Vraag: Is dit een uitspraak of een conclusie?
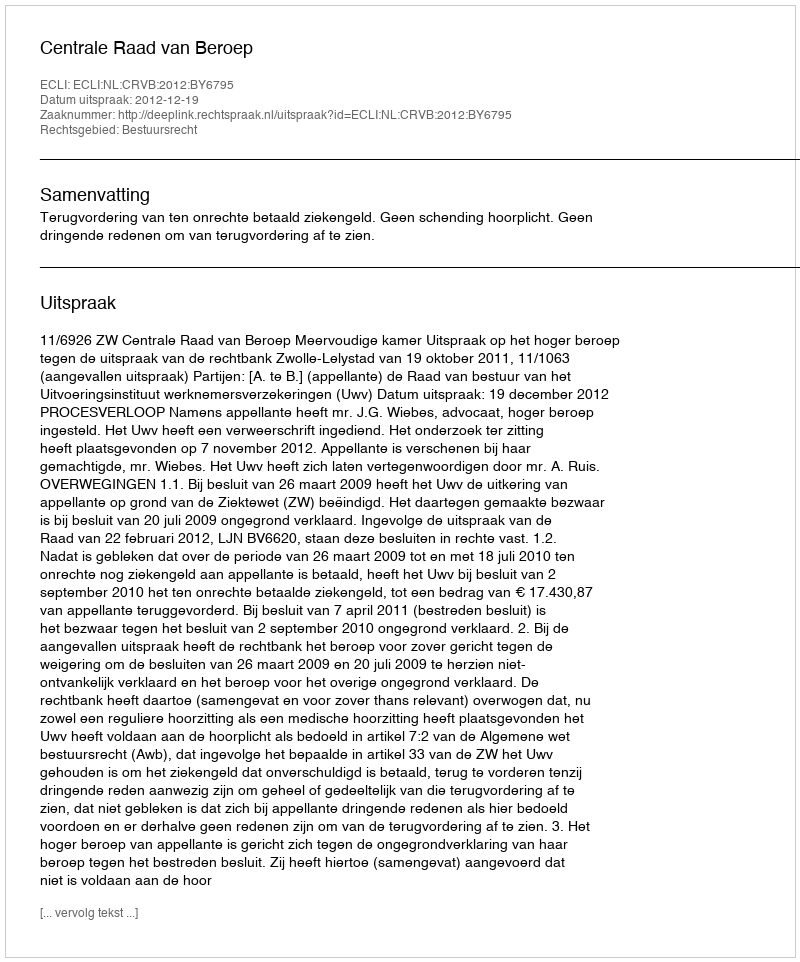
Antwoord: Uitspraak